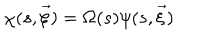
\chi ( s , \vec { \xi } ) = \Omega ( s ) \psi ( s , \vec { \xi } )